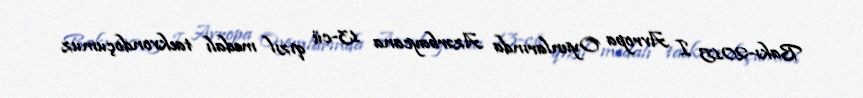
Bakı-2015 I Avropa Oyunlarında Azərbaycana 13-cü qızıl medalı taekvondoçumuz